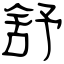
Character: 舒